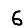
Digit: 6